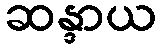
ဆန္ဒာယ